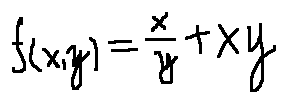
f ( x , y ) = \frac { x } { y } + x y